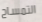
التمساح